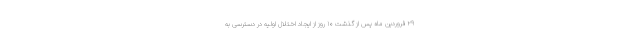
۲۹ فروردین ماه پس از گذشت ۱۰ روز از ایجاد اختلال اولیه در دسترسی به